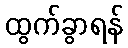
ထွက်ခွာရန်